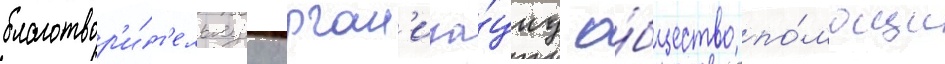
благотвор'и́т'ельнуу орган'иза́циу о́бщество по́мощи